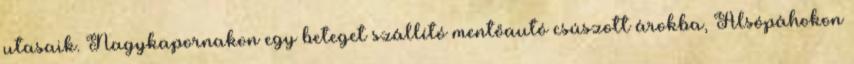
utasaik. Nagykapornakon egy beteget szállító mentőautó csúszott árokba, Alsópáhokon